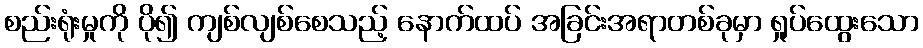
စည်းရုံးမှုကို ပို၍ ကျစ်လျစ်စေသည့် နောက်ထပ် အခြင်းအရာတစ်ခုမှာ ရှုပ်ထွေးသော